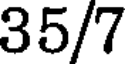
35/7